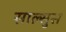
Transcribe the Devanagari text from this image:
साल्सुस